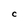
Character: C